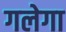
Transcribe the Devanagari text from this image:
गलेगा